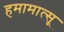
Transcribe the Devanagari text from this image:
हमामात्सू